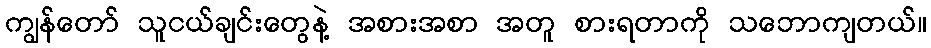
ကျွန်တော် သူငယ်ချင်းတွေနဲ့ အစားအစာ အတူ စားရတာကို သဘောကျတယ်။